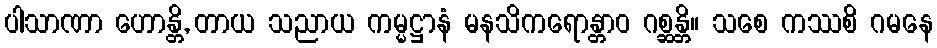
ပါသာဏာ ဟောန္တိ, တာယ သညာယ ကမ္မဋ္ဌာနံ မနသိကရောန္တာဝ ဂစ္ဆန္တိ။ သစေ ကဿစိ ဂမနေ